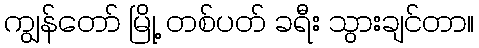
ကျွန်တော် မြို့ တစ်ပတ် ခရီး သွားချင်တာ။